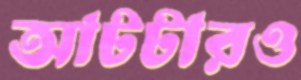
আটটারও